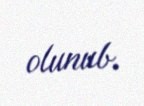
olunub.